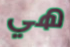
هي